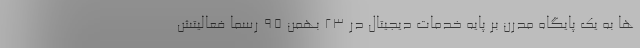
ها به یک پایگاه مدرن بر پایه خدمات دیجیتال در ۲۳ بهمن ۹۵ رسما فعالیتش